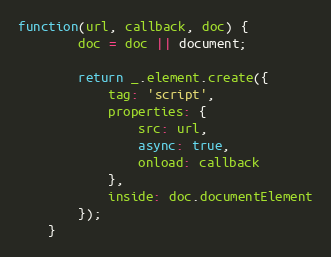
Language: JavaScript
function(url, callback, doc) {
		doc = doc || document;

		return _.element.create({
			tag: 'script',
			properties: {
				src: url,
				async: true,
				onload: callback
			},
			inside: doc.documentElement
		});
	}